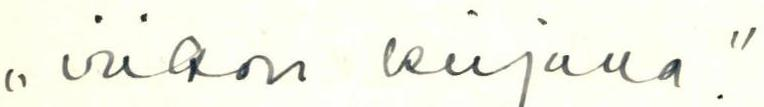
,,viikon kirjana."